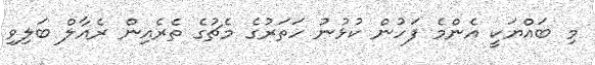
މި ބައްޔަކީ އެންމެ ފަހުން ކުޅުނު ހަތަރުގެ މެޗުގެ ތެރެއިން ރެއާލް ބަލިވި